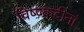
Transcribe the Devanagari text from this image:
विष्ण्वादीनां